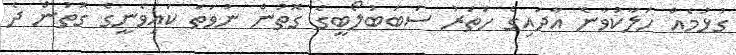
ގުޅުމެއް ހަލާކުވާނެ އާދައިގެ ހަތަރު ސަބަބުލޯބީގެ ގޮތުން ނުވަތަ ކައިވެނީގެ ގޮތުން ދެ